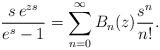
LaTeX: \begin{align*}\frac{s\, e^{zs}}{e^s-1}=\sum_{n=0}^{\infty} B_n(z) \frac{s^n}{n!}.\end{align*}